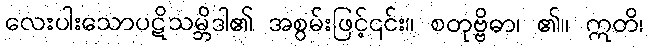
လေးပါးသောပဋိသမ္ဘိဒါ၏ အစွမ်းဖြင့်၎င်း။ စတုဗ္ဗိဓာ၊ ၏။ ဣတိ၊